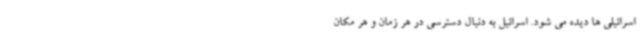
اسرائیلی ها دیده می شود. اسرائیل به دنبال دسترسی در هر زمان و هر مکان